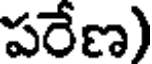
పరేణ)